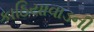
કાઠિયાવાડની